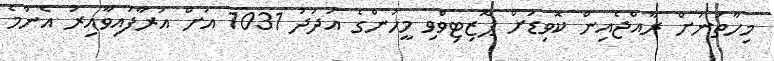
މިހާތަނަށް ރާއްޖެއިން ކޮވިޑަށް ޕޮޒިޓިވްވި މީހުންގެ އަދަދު 1031 އަށް އަރާފައިވާއިރު އެންމެ